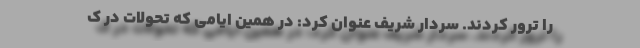
را ترور کردند. سردار شریف عنوان کرد: در همین ایامی که تحولات در ک